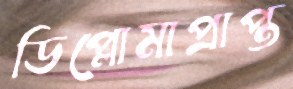
ডিপ্লোমাপ্রাপ্ত